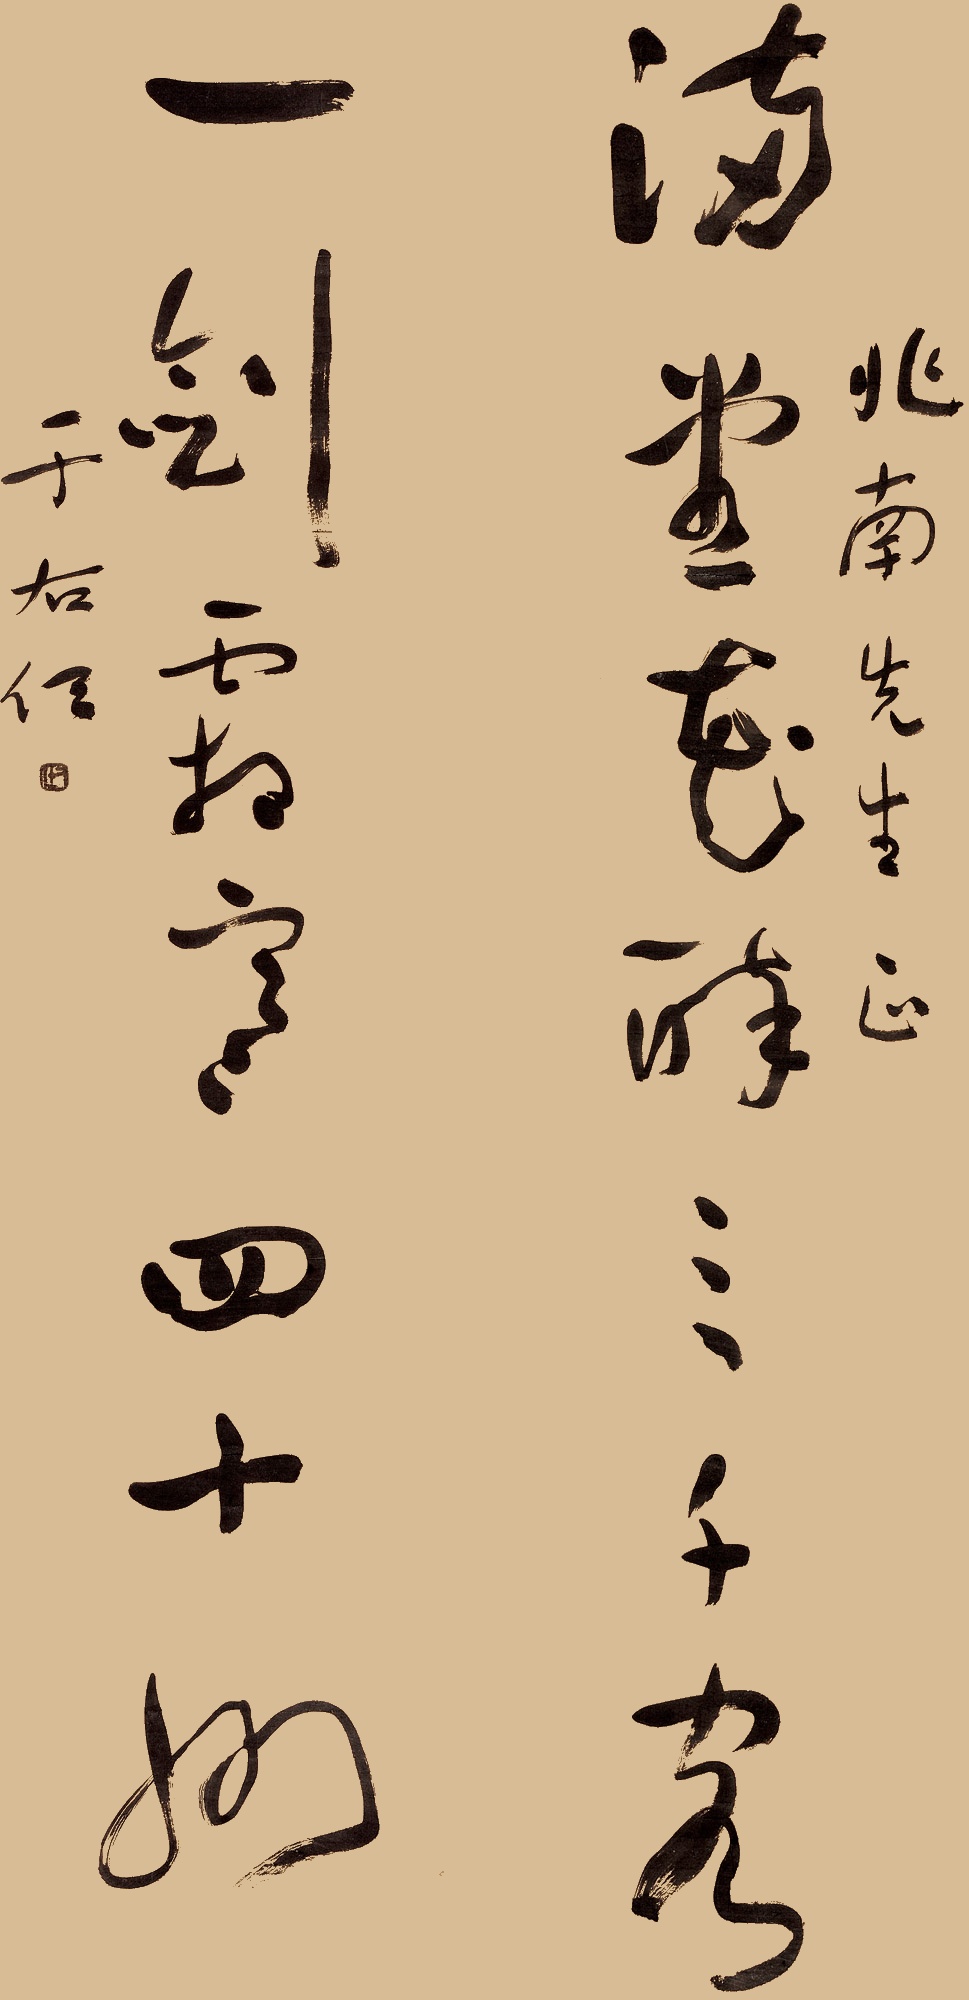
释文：满堂花醉三千客，一剑霜寒四十州。兆南先生正，于右任。